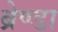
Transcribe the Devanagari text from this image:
ब्रेण्डा